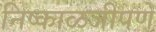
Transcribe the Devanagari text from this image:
निष्काळजीपणे